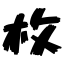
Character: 枚